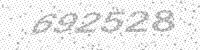
Solution: 692528